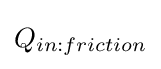
Q_{in:friction}